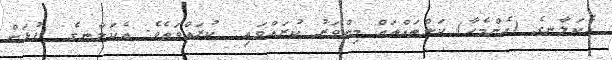
އެކަލާނގެ (އެންމެހާ) ކަންތައްތައް މިންވަރު ކުރައްވައި  ކުރައްވަތެވެ. އެކަލާނގެ  ފުޅަށް